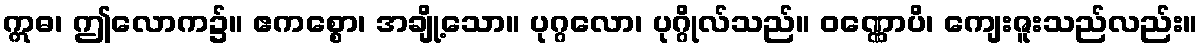
ဣဓ၊ ဤလောက၌။ ဧကစ္စော၊ အချို့သော။ ပုဂ္ဂလော၊ ပုဂ္ဂိုလ်သည်။ ဝဏ္ဏောပိ၊ ကျေးဇူးသည်လည်း။